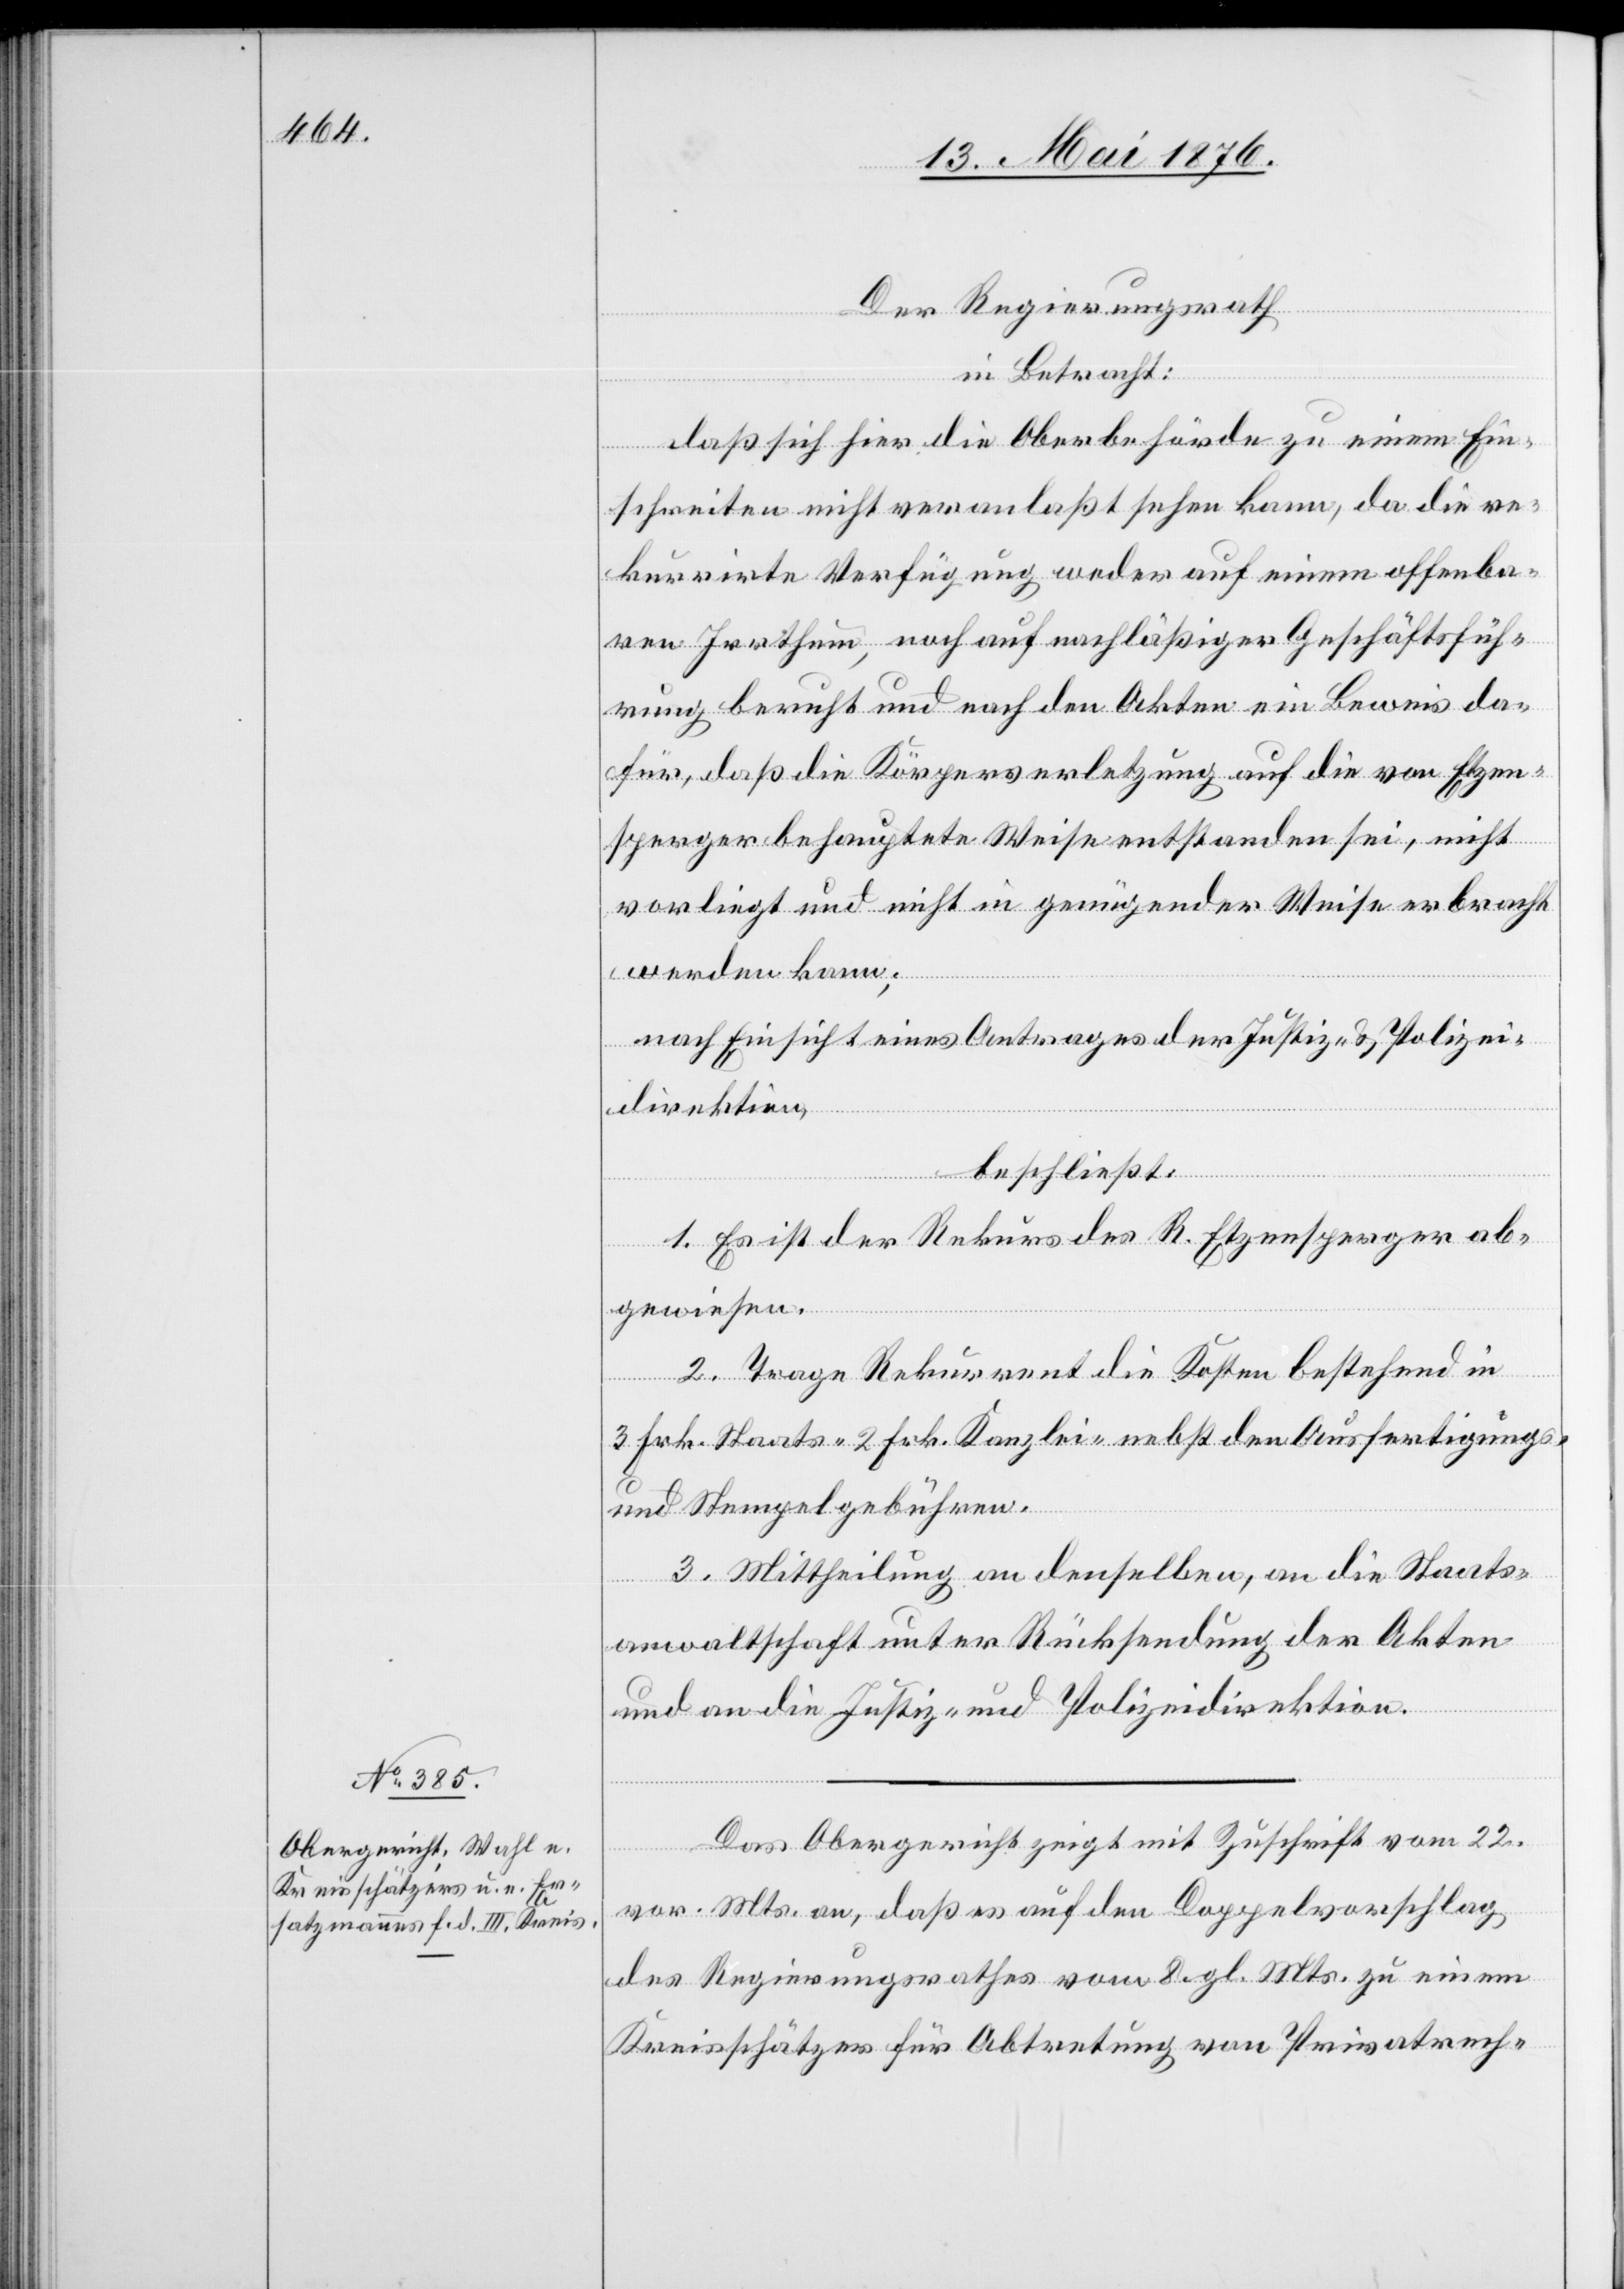
Der Regierungsrath,
in Betracht:
daß sich hier die Oberbehörde zu einem Ein¬
schreiten nicht veranlaßt sehen kann, da die re¬
kurrirte Verfügung weder auf einem offenba¬
ren Irrthum, noch auf nachläßiger Geschäftsfüh¬
rung beruht und nach den Akten ein Beweis da¬
für, daß die Körperverletzung auf die von Etzen¬
sperger behauptete Weise entstanden sei, nicht
vorliegt und nicht in genügender Weise erbracht
werden kann;
nach Einsicht eines Antrages der Justiz- & Polizei¬
direktion,
beschließt:
1. Es ist der Rekurs des R. Etzensperger ab¬
gewiesen.
2. Trage Rekurrent die Kosten bestehend in
3 Frk. Staats- 2 Frk. Kanzlei- nebst den Ausfertigungs-
und Stempelgebühren.
3. Mittheilung an denselben, an die Staats¬
anwaltschaft unter Rücksendung der Akten
und an die Justiz- und Polizeidirektion.
Das Obergericht zeigt mit Zuschrift vom 22.
vor. Mts. an, daß es auf den Doppelvorschlag
des Regierungsrathes vom 8. gl. Mts. zu einem
Kreisschätzer für Abtretung von Privatrech-